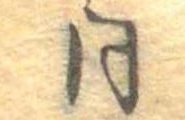
同